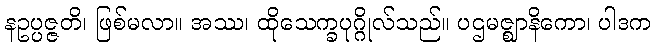
နဥပ္ပဇ္ဇတိ၊ ဖြစ်မလာ။ အဿ၊ ထိုသေက္ခပုဂ္ဂိုလ်သည်။ ပဌမဇ္ဈာနိကော၊ ပါဒက